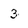
Character: 3